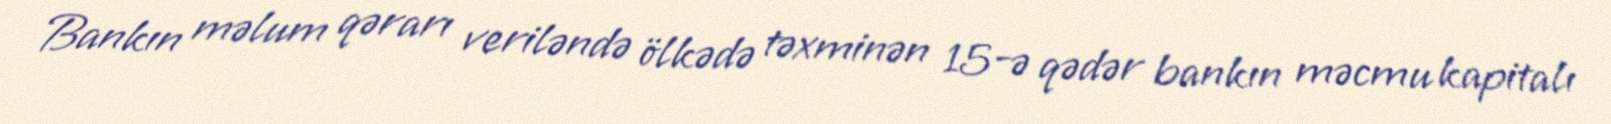
Bankın məlum qərarı veriləndə ölkədə təxminən 15-ə qədər bankın məcmu kapitalı